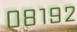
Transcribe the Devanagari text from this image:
०८१९२